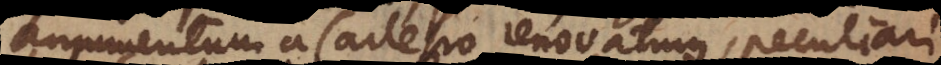
argumentum a Cartesio renovatum, peculiari